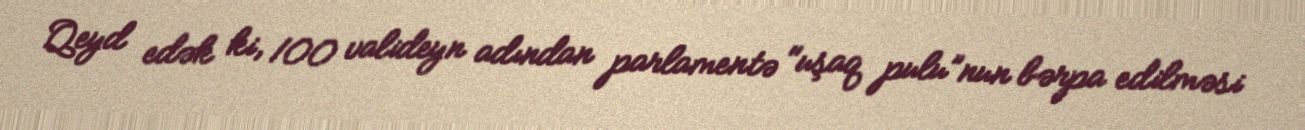
Qeyd edək ki, 100 valideyn adından parlamentə "uşaq pulu”nun bərpa edilməsi